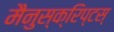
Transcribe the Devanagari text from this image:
मैनुस्क्रिप्टस्‌